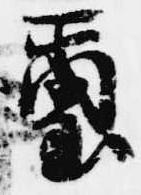
璽